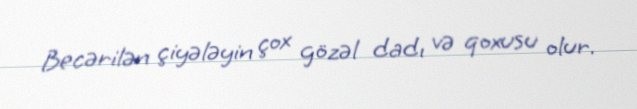
Becərilən çiyələyin çox gözəl dadı və qoxusu olur.